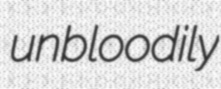
unbloodily